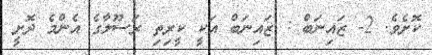
ކޮށެވެ. 2- ޒައިނަބް : ޒައިނަބް އަކީ ކީރިތި ރަސޫލާގެ އެންމެ ދޮށީ